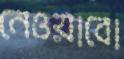
নেওয়াবো